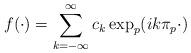
LaTeX: \begin{align*} f(\cdot)=\sum_{k=-\infty}^\infty c_k \exp_p(i k\pi_p\cdot)\end{align*}